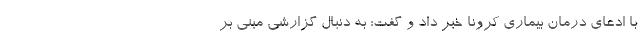
با ادعای درمان بیماری کرونا خبر داد و گفت: به دنبال گزارشی مبنی بر